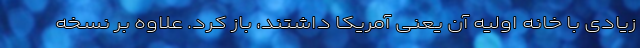
زیادی با خانه اولیه آن یعنی آمریکا داشتند، باز کرد. علاوه بر نسخه